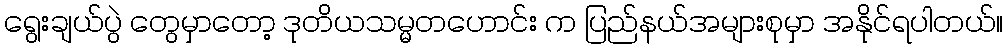
ရွေးချယ်ပွဲ တွေမှာတော့ ဒုတိယသမ္မတဟောင်း က ပြည်နယ်အများစုမှာ အနိုင်ရပါတယ်။